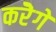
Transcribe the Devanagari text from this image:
करेॆगे